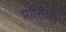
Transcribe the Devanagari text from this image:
मात्तिओ